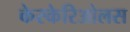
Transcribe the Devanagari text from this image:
केस्केरिओलस